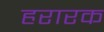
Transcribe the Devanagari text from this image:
हरारक